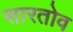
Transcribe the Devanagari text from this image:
सारतोव